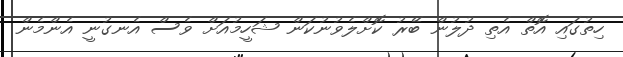
ހިތުގައި އޮތް އެތި ދުލުން ބޭރު ކޮށްލެވުނުކަން ޝަހީމުއަށް ވެސް އެނގުނީ އެންމެން